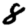
Digit: 8